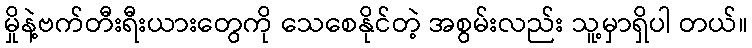
မှိုနဲ့ဗက်တီးရီးယားတွေကို သေစေနိုင်တဲ့ အစွမ်းလည်း သူ့မှာရှိပါ တယ်။